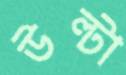
উল্টা